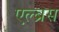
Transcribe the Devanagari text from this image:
एल्ब्रस